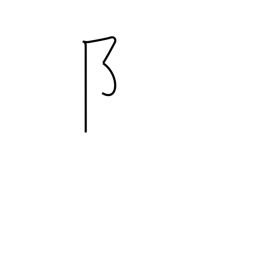
Meaning: left village radical - 2 stroke form (no. 170)